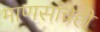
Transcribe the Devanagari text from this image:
माणसांचेही